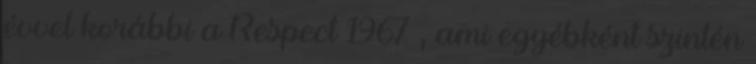
évvel korábbi a Respect 1967 , ami egyébként szintén